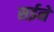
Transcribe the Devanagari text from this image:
सईने